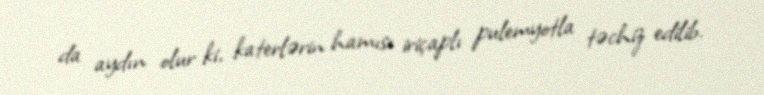
da aydın olur ki, katerlərin hamısı iriçaplı pulemyotla təchiz edilib.